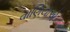
વાણિયાએ